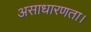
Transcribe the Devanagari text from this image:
असाधारणता।